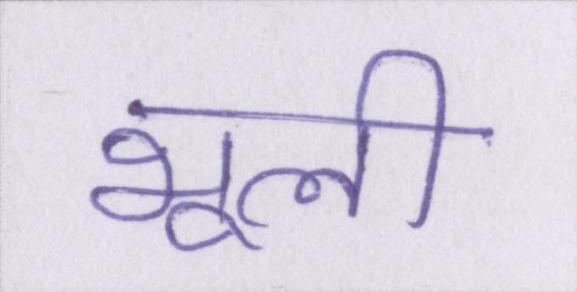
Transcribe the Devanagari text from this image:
भूली